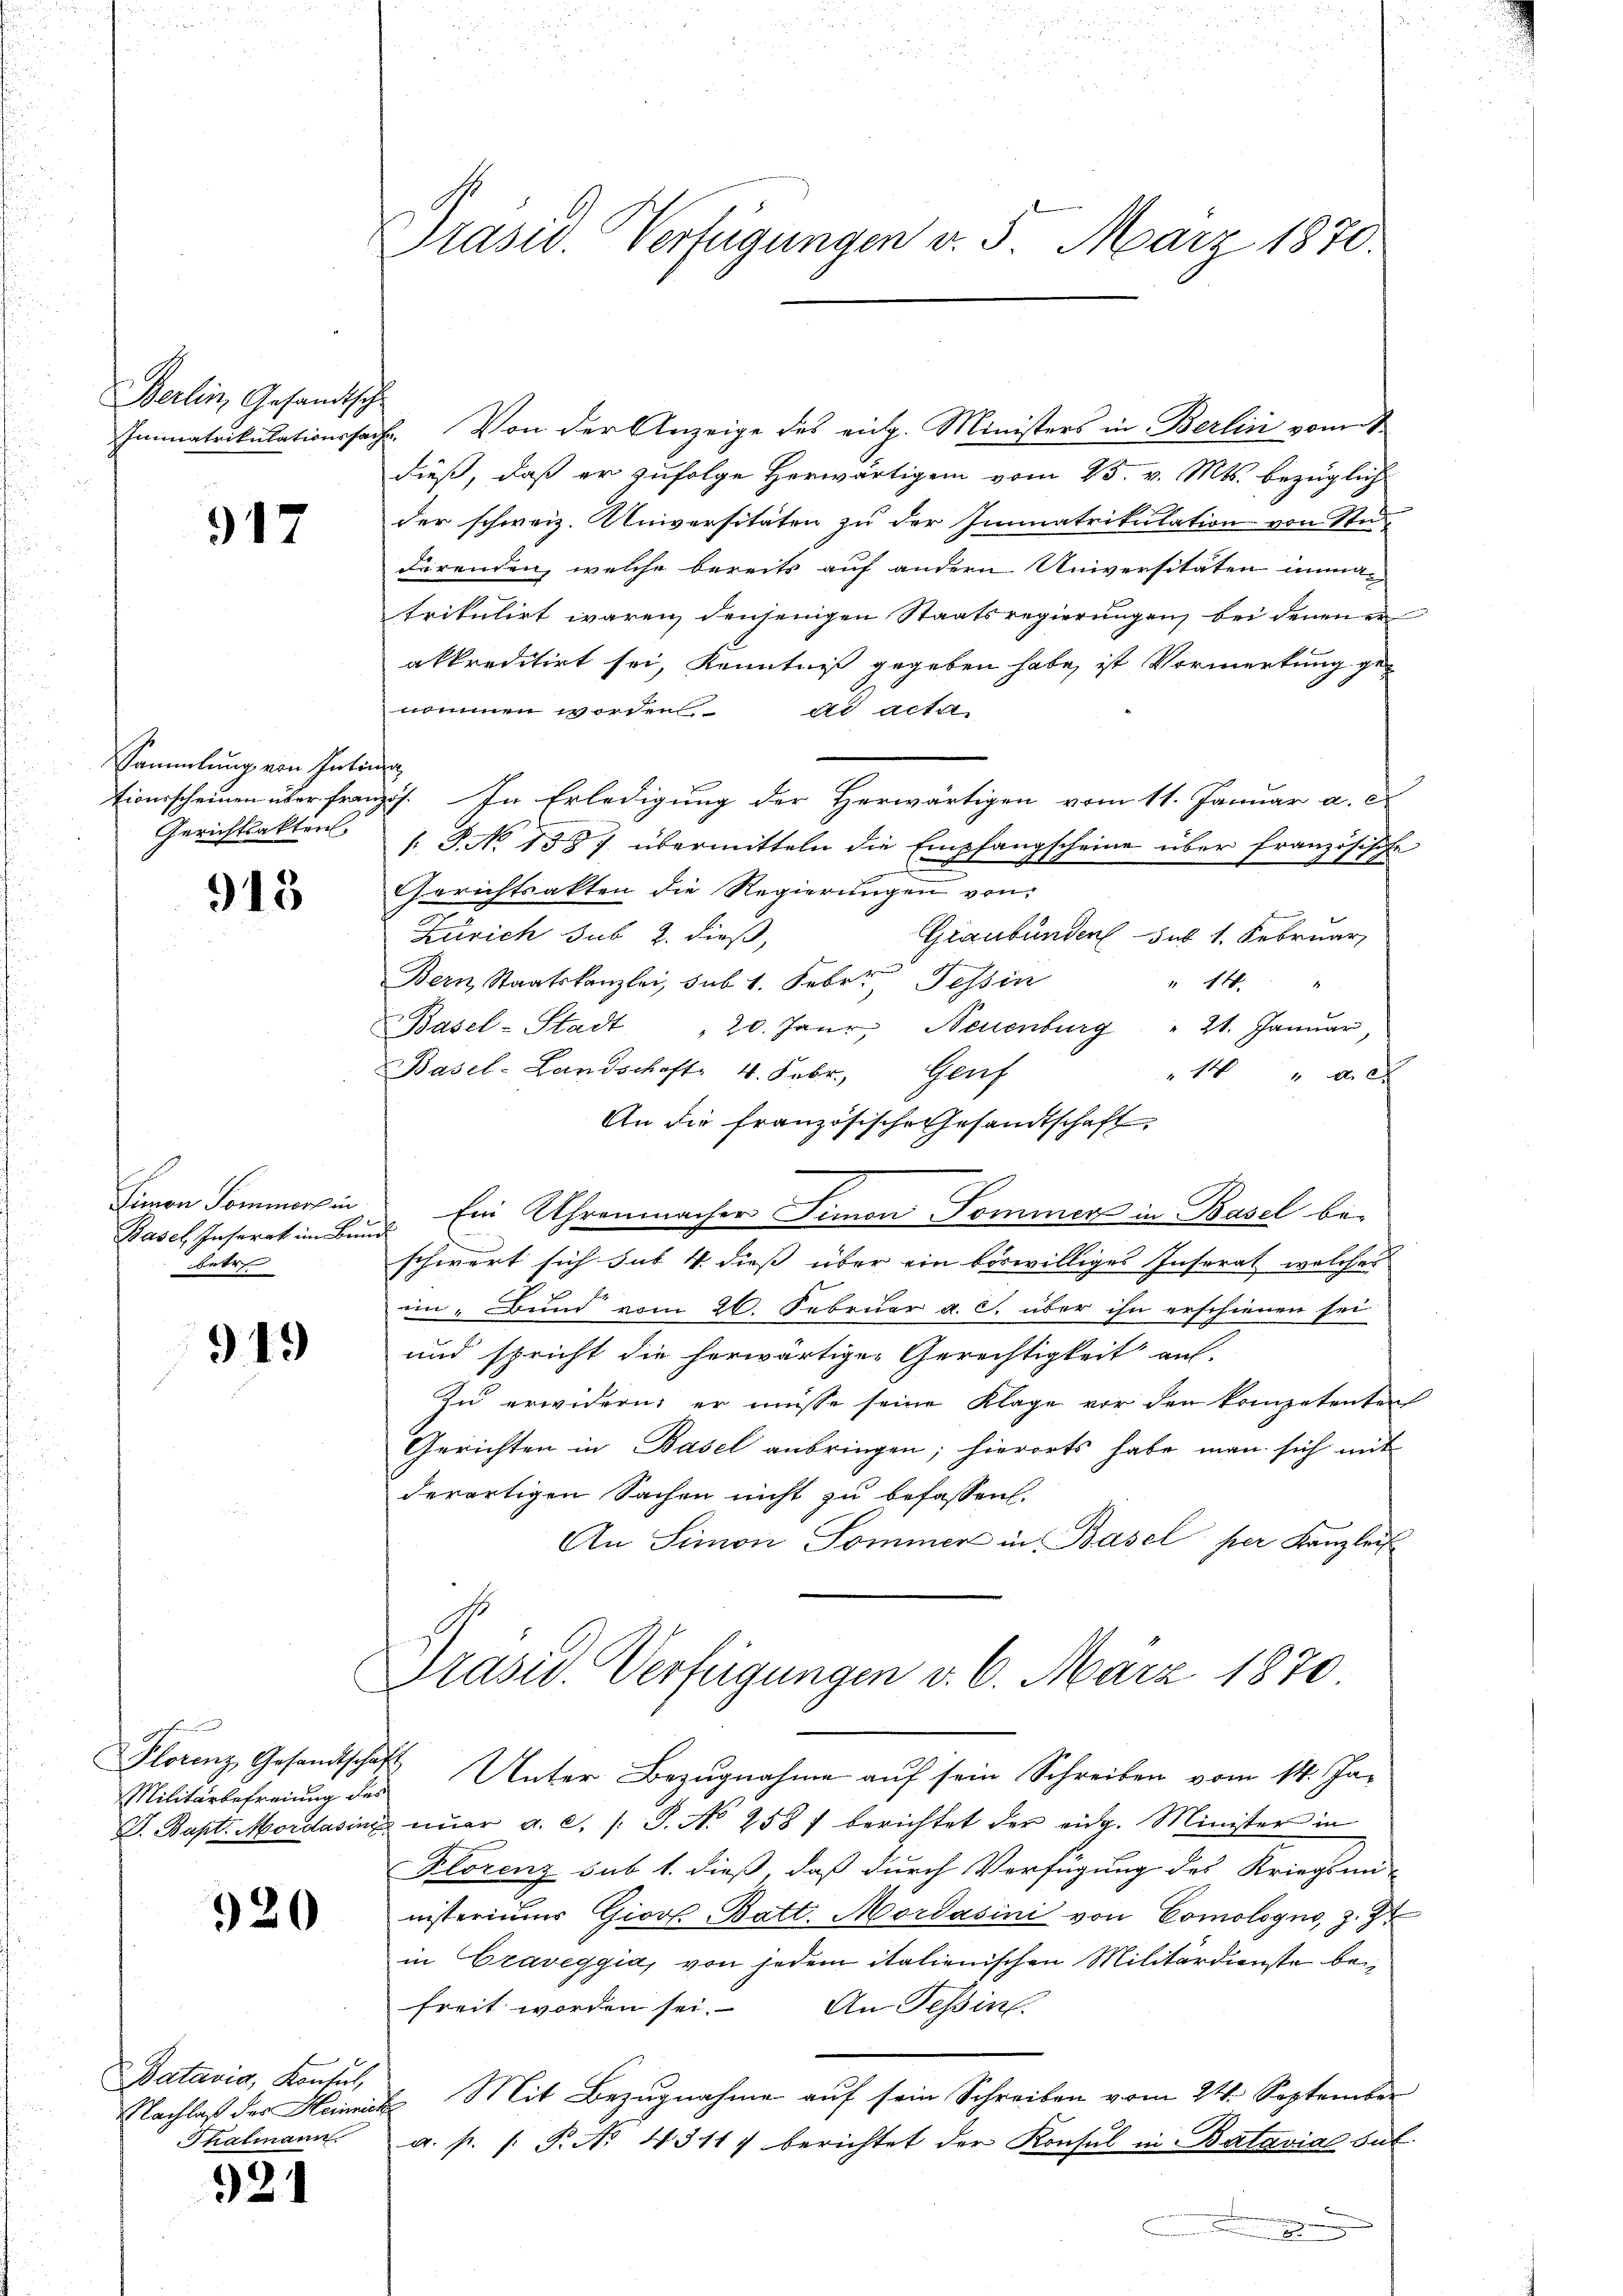
Berlin, Gesandtsch

917

Sammlung von Intitionsscheinen über Frau
Gerichtsakten.

913

Simon Sommerhin
Basel, Inserat im Bunbetr

919

Militärbefreiung des

920

Batavia, Konsul,
Nachlaß des Heinric
Thalmann

921

Prasw. Verfügungen v. 5. März 1870.

¬
Immatrikulationssache. Von der Anzeige des eidg. Ministers in Berlin vom 1.
dieß, daß er zufolge herwärtigen vom 25. v. Mts. bezügliche
der schweiz. Universitäten zu der Immatrikulation von Stud
Förenden, welche bereits auf andern Universitäten unmatrikulirt waren denjenigen Staatsregierungen bei denen er
akkreditirt sei, Kenntniß gegeben habe, ist Vormerkung genommen worden. ad acteli
refig
f. In Erledigung der Herwärtigen vom 11. Januar a. c
/. P. No 1557 übermitteln die Empfangscheine über französische
Gerichtsakten die Regierungen von
Zürich sub 2. dieß,
Graubünden sub 1. Februar,
Bern Staatskanzlei, sub 1. Febr. Tessin
" 16 "
Basel-Stadt „20. Janr. Neuenburg " 21. Janŭar
Basel-Landschaft 4. Febr. Genf
14  xx
An die französische Gesandtschaft
3. Ein Uhrenmacher Simon Sommer in Basel be-
schwert sich sub 4 diess über ein biswilliges Instrat, welches
ein „Bund vom 26. Februar a. c. über ihn erschienen sei
und spricht die herwärtiger Gerechtigkeit auf.
Zu erwidern; er müsse seine Klage vor den kompetenten
Gerichten in Basel anbringen; hierorts habe man sich mit
derartigen Sachen nicht zu befassen.
An Simon Sommer in Basel per Kanzlei
Präsid. Verfügungen v. 6. März 1870
Florenz Gesandtschaft Unter Bezugnahme auf sein Schreiben vom 14. Ja¬
J. Bapt. Mordasini ier a. c. s. S. No 258) berichtet der eidg. Minister in
Plorenz sub 1. dieß, daß durch Verfügung des Kriegsmi-
nisteriums Giovl-Batt. Mordasini von Comologno, z. Z.
in Graveggia, von jedem italienischen Militärdienste beifreit worden sei. An Tessin
Mit Bezugnahme auf sein Schreiben vom 24. September
h
a. p. /: P. Nr. 4311. berichtet der Konsul in Batavial bet
.